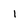
Character: 1